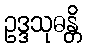
ဥဒ္ဒသုဓန္တိ